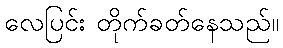
လေပြင်း တိုက်ခတ်နေသည်။